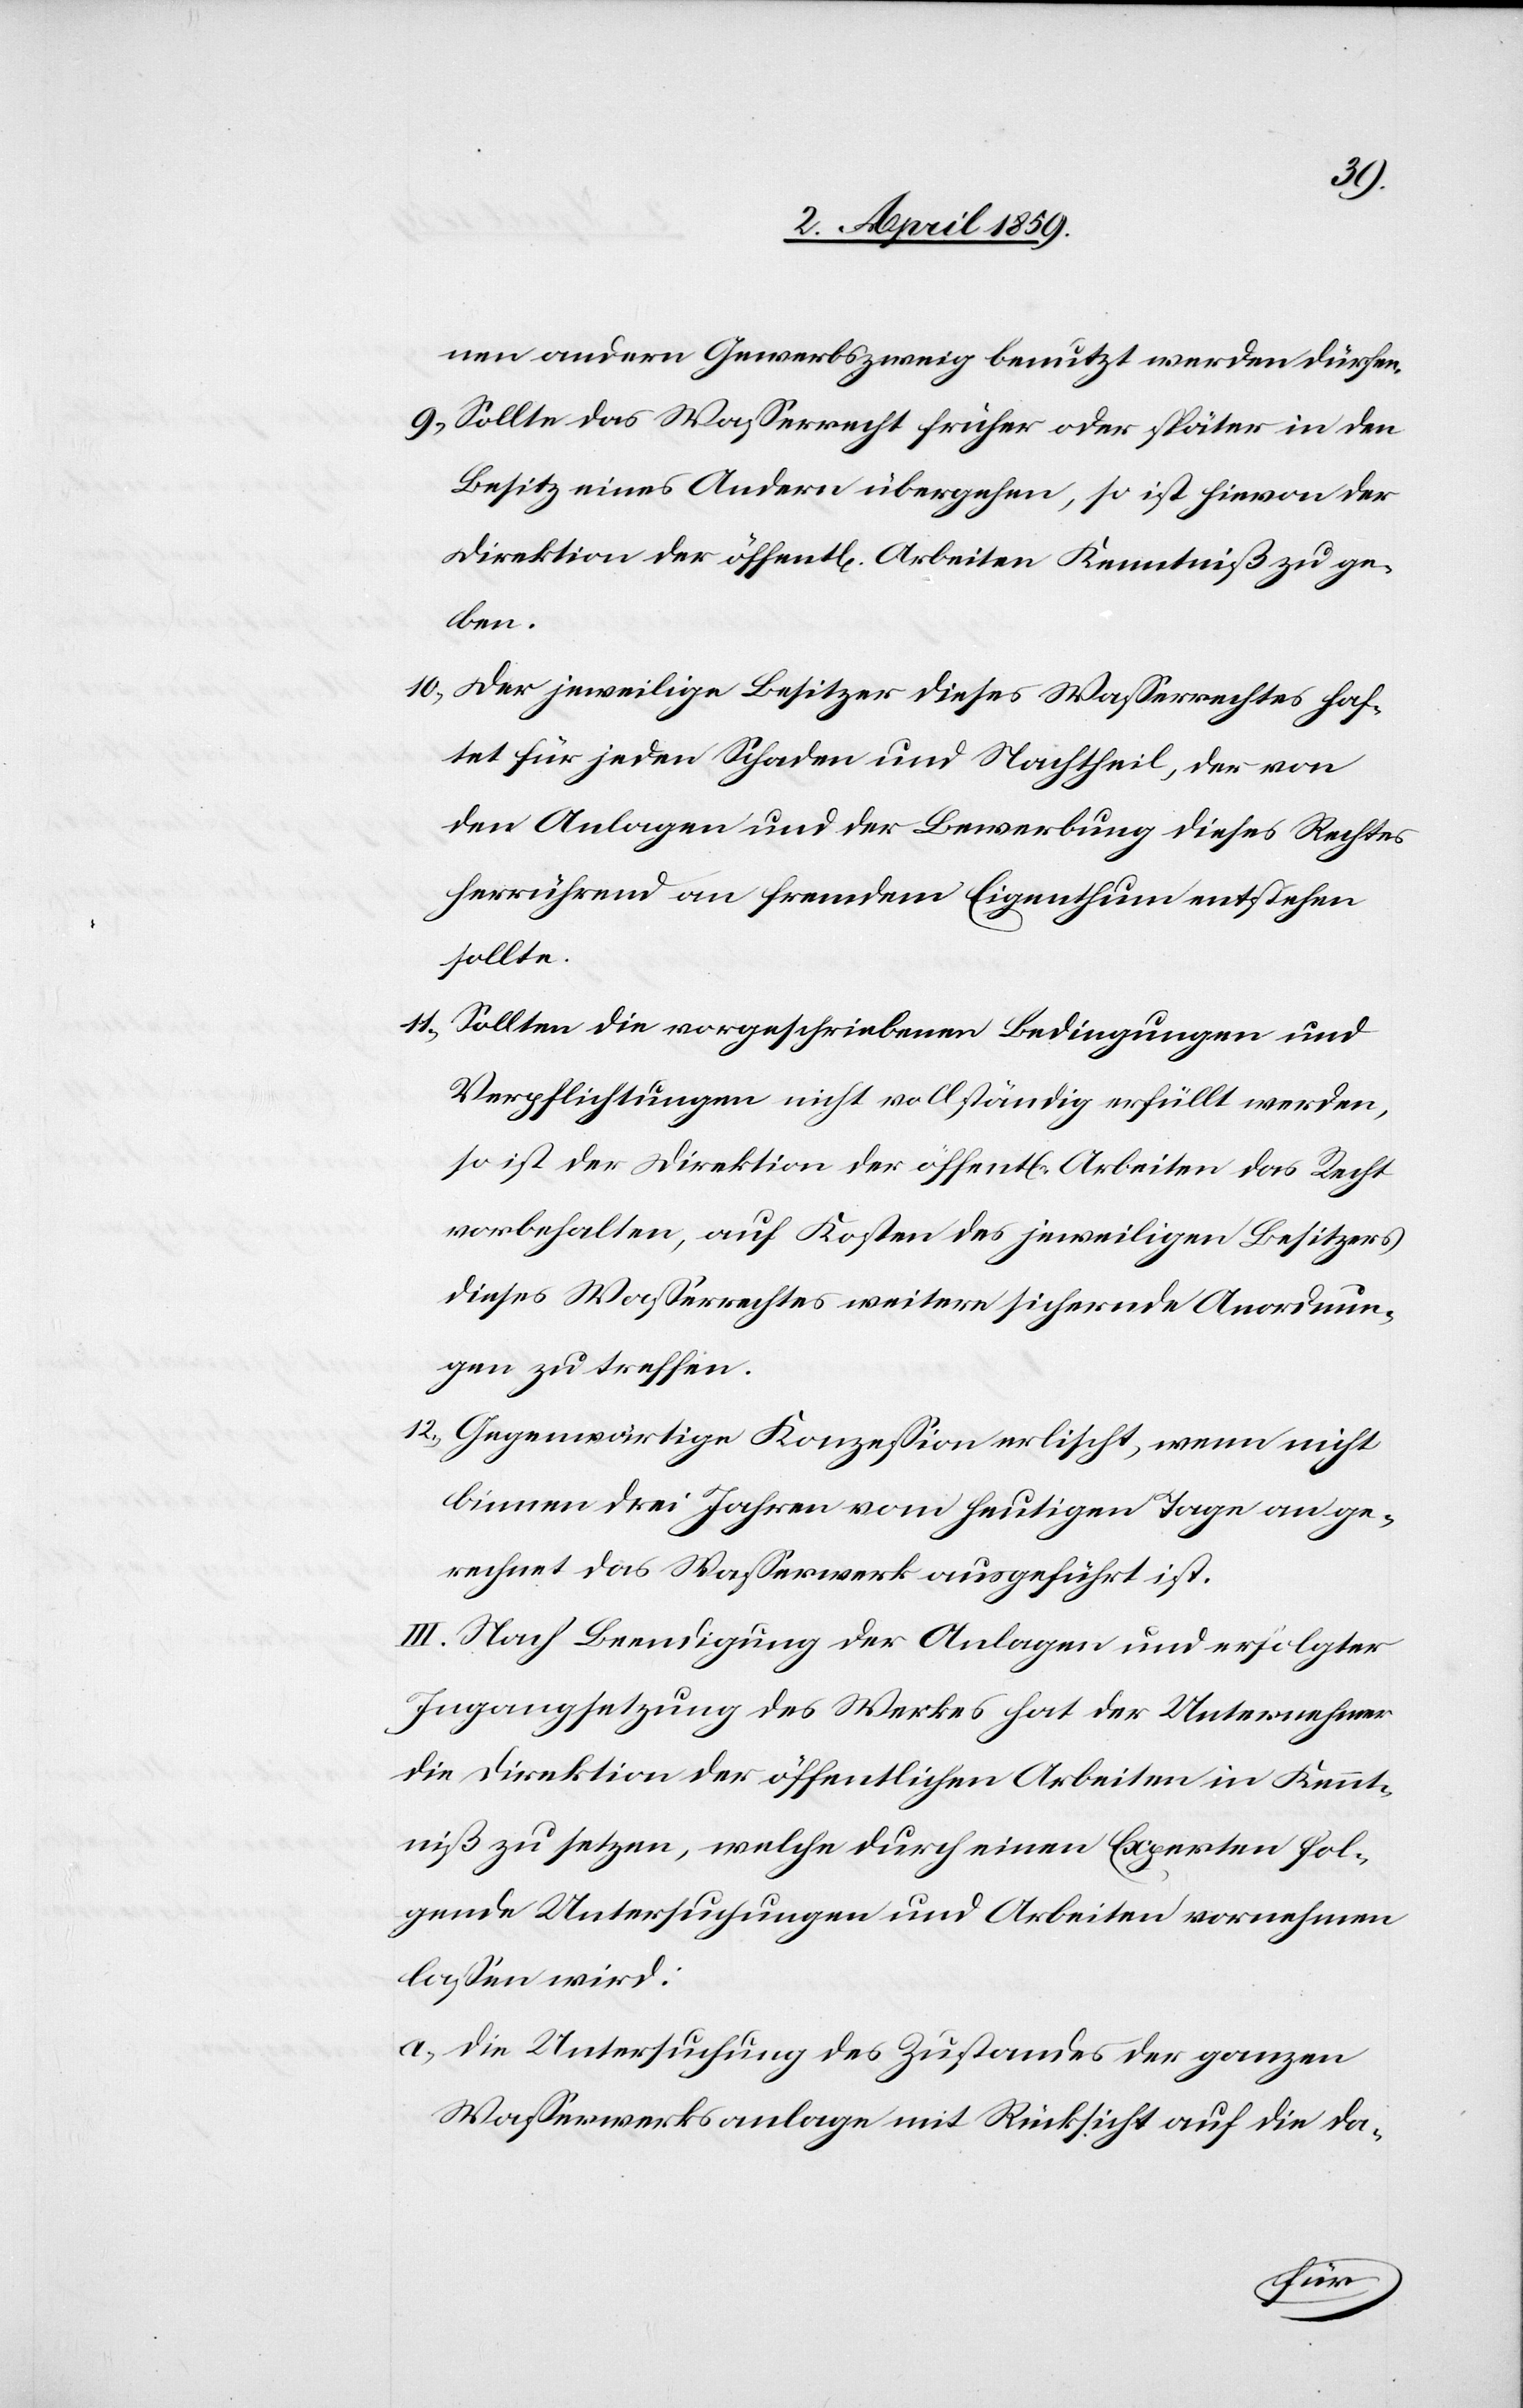
nen andern Gewerbszweig benutzt werden dürfen.
9) Sollte das Waßerrecht früher oder später in den
Besitz eines Andern übergehen, so ist hievon der
Direktion der öffentlichen Arbeiten Kenntniß zu ge¬
ben.
10) Der jeweilige Besitzer dieses Waßerrechtes haf¬
tet für jeden Schaden und Nachtheil, der von
den Anlagen und der Bewerbung dieses Rechtes
herrührend an fremdem Eigenthum entstehen
sollte.
11) Sollten die vorgeschriebenen Bedingungen und
Verpflichtungen nicht vollständig erfüllt werden,
so ist der Direktion der öffentlichen Arbeiten das Recht
vorbehalten, auf Kosten des jeweiligen Besitzers
dieses Waßerrechtes weitere sichernde Anordnun¬
gen zu treffen.
12) Gegenwärtige Konzeßion erlischt, wenn nicht
binnen drei Jahren vom heutigen Tage an ge¬
rechnet das Waßerwerk ausgeführt ist.
III. Nach Beendigung der Anlage und erfolgter
Ingangsetzung des Werkes hat der Unternehmer
die Direktion der öffentlichen Arbeiten in Kennt¬
niß zu setzen, welche durch einen Experten fol¬
gende Untersuchungen und Arbeiten vornehmen
laßen wird:
a) die Untersuchung des Zustandes der ganzen
Waßerwerksanlage mit Rücksicht auf die da-